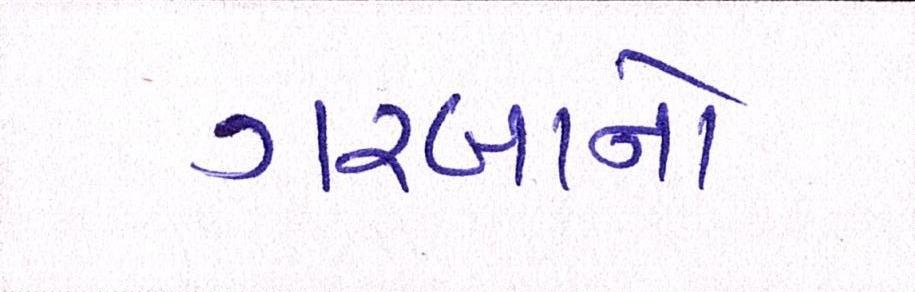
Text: ગરબાનો